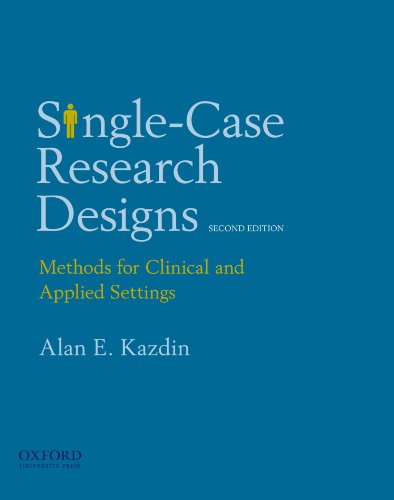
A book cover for Single-Case Research Designs: Methods for Clinical and Applied Settings; Alan E. Kazdin; Medical Books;